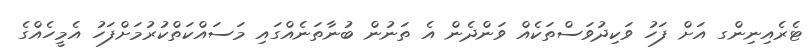
ޓެރެއިނިންގ އަށް ފަހު ވަކިދުވަސްތަކެއް ވަންދެން އެ ތަނުން ބުނާތަނެއްގައި މަސައްކަތްކުރުމަށްފަހު އެމީހެއްގެ